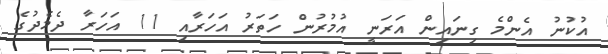
އުކުނު އެންމެ ގިނައިން އަރަނީ އުމުރުން ހަތަރު އަހަރާއި 11 އަހަރާ ދެމެދުގެ